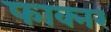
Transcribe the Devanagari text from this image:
फाक्नर